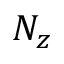
N _ { z }